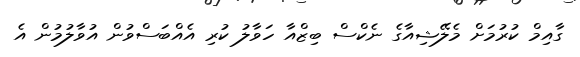
ގާއިމް ކުރުމަށް މެލޭޝިއާގެ ނެކްސް ބިޒްއާ ހަވާލު ކުރި އެއްބަސްވުން އުވާލުމުން އެ